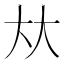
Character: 夶